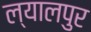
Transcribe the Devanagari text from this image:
ल्यालपुर